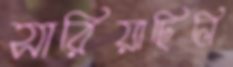
সারিয়াছিলি